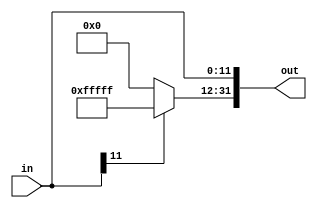
module SignExtender(in, out);
    input [11:0] in;
    output [31:0] out;

    assign out = { in[11] ? 20'hfffff : 20'h00000 , in };
endmodule